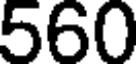
560